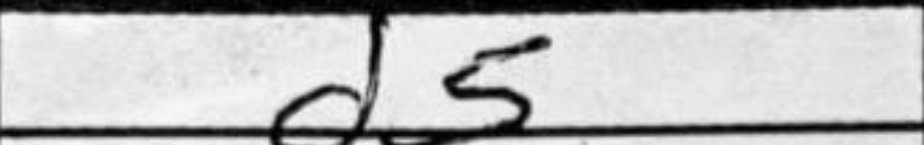
Transcription: d5